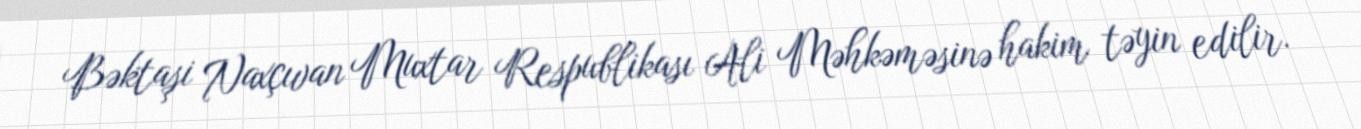
Bəktaşi Naxçıvan Muxtar Respublikası Ali Məhkəməsinə hakim təyin edilir.